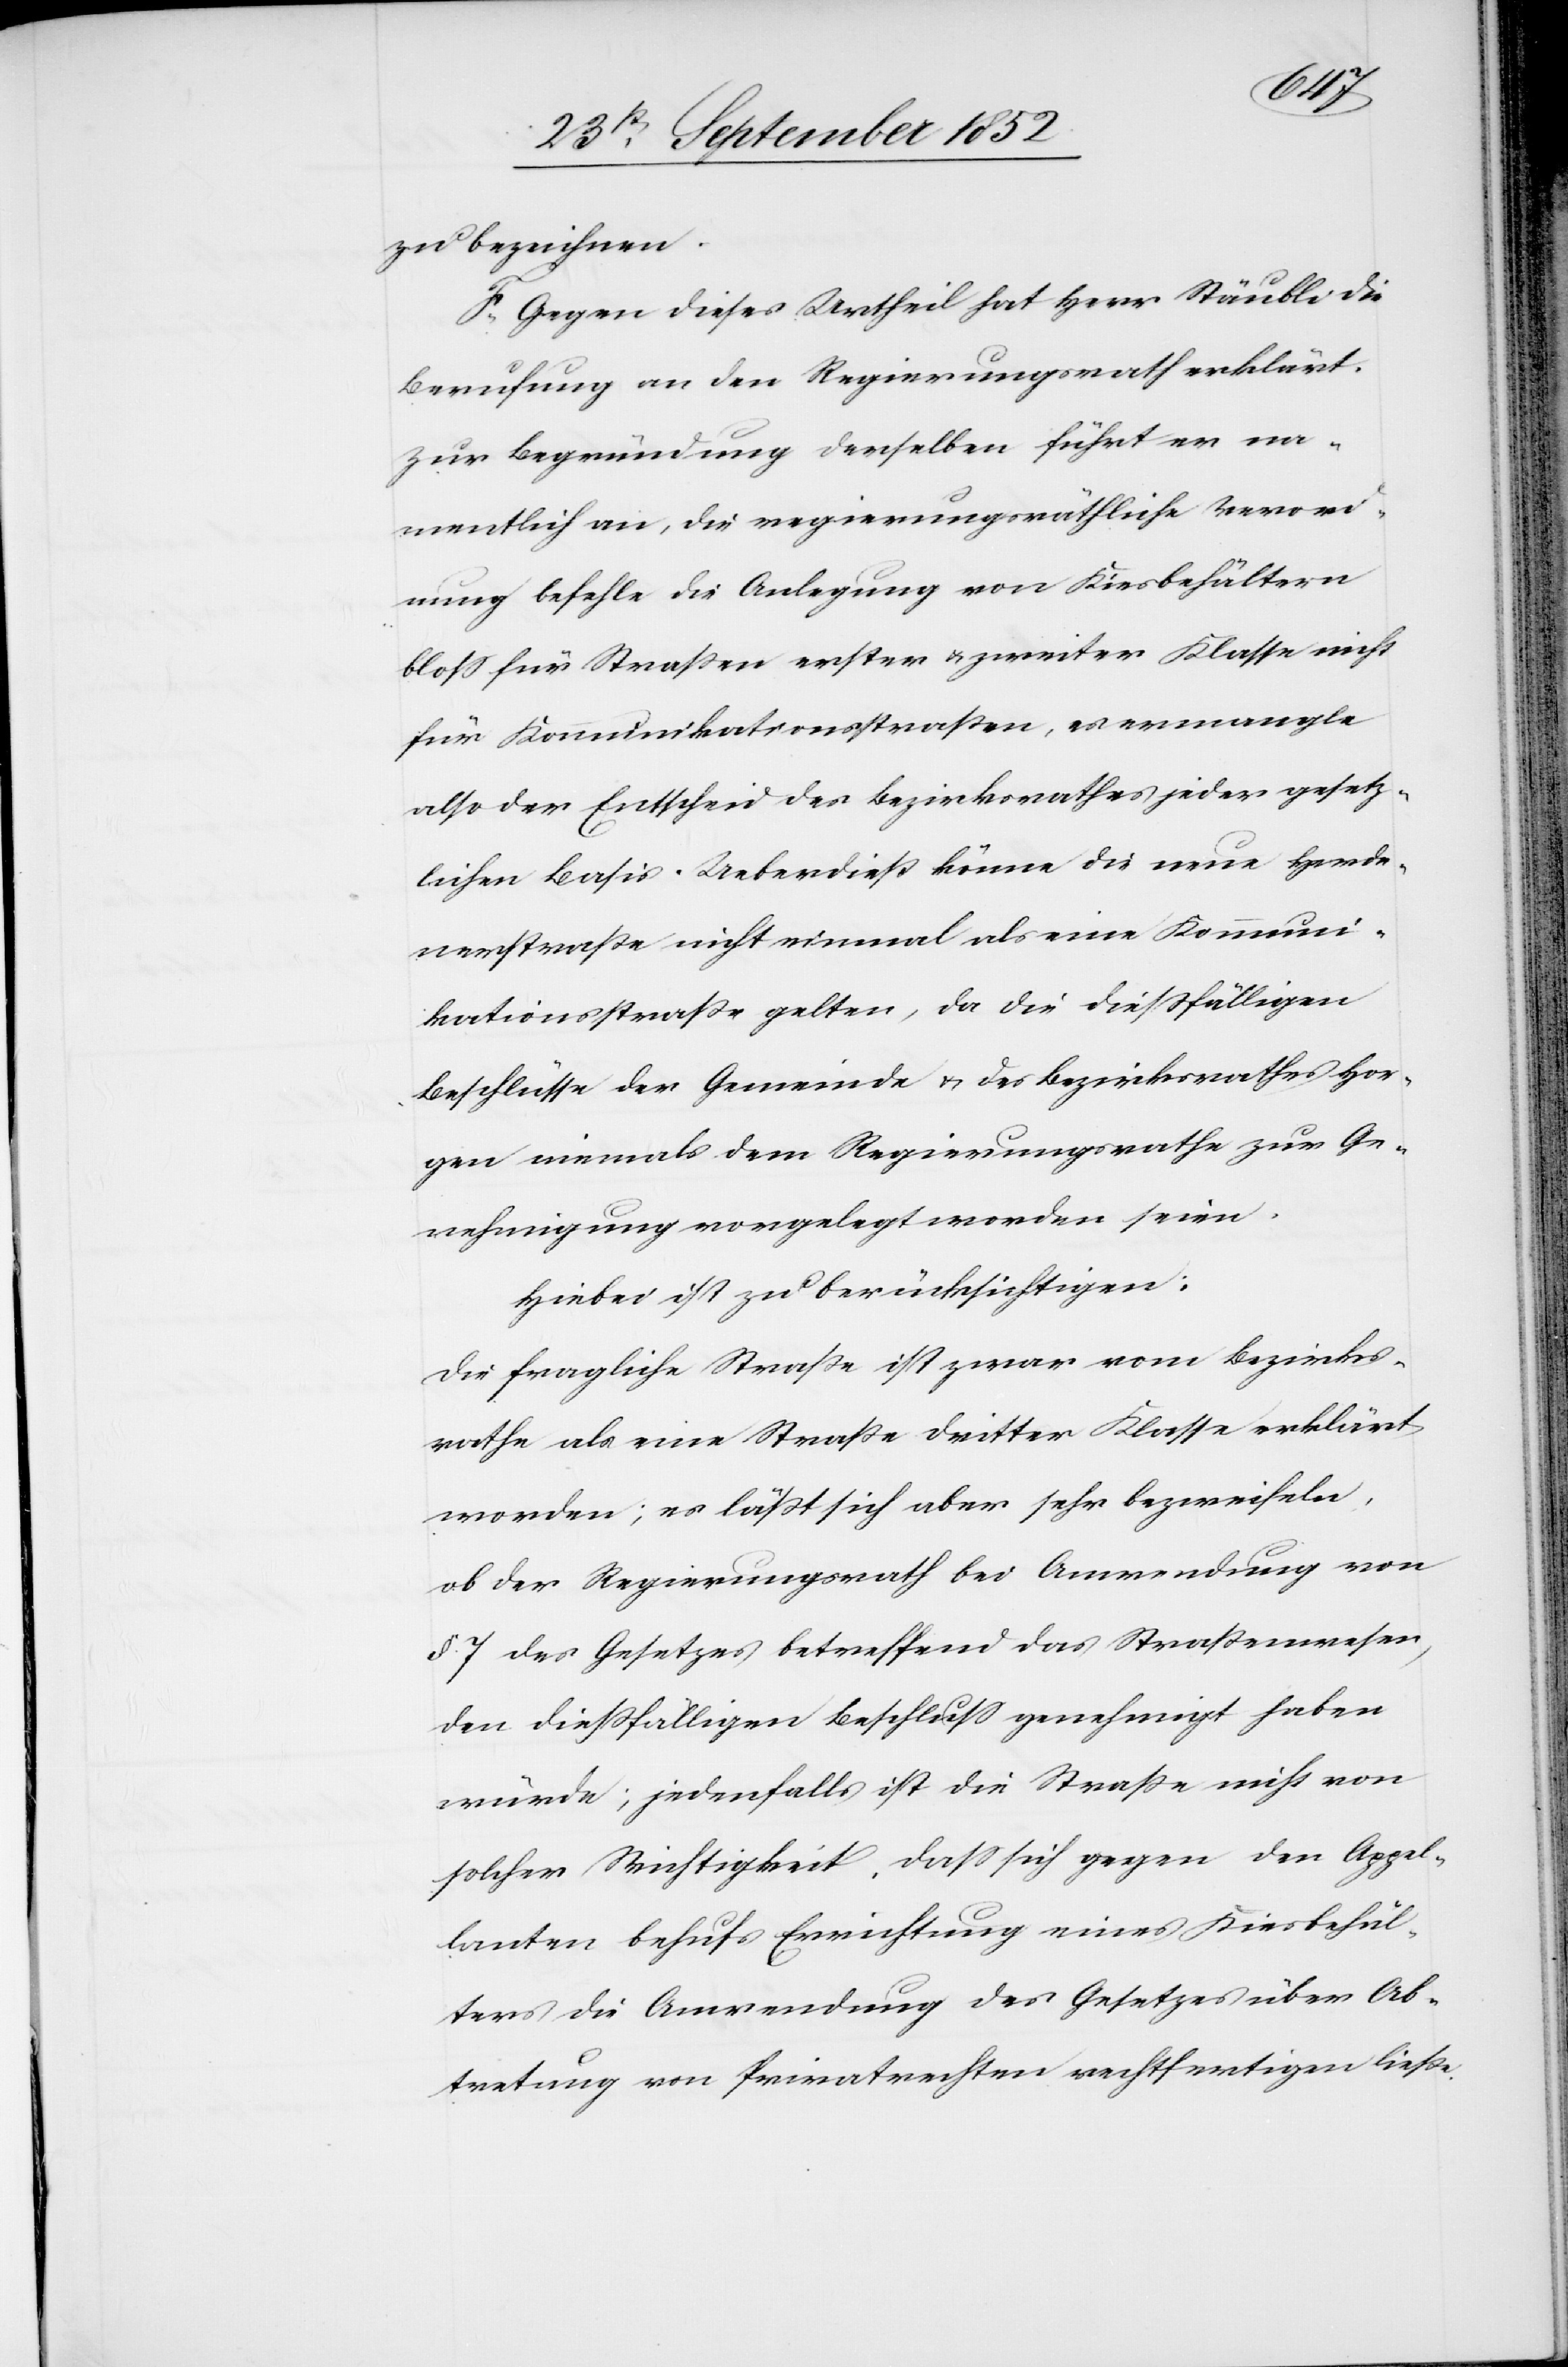
zu bezeichnen.
F, Gegen dieses Urtheil hat Herr Stäubli die
Berufung an den Regierungsrath erklärt.
Zur Begründung derselben führt er na¬
mentlich an, die regierungsräthliche Verord¬
nung befehle die Anlegung von Kiesbehältern
bloss für Straßen erster & zweiter Klasse nicht
für Kommunikationsstraßen, es ermangle
also der Entscheid des Bezirksrathes jeder gesetz¬
lichen Basis. Ueberdieß könne die neue Herde¬
nerstraße nicht einmal als eine Kommuni¬
kationsstraße gelten, da die diessfälligen
Beschlüsse der Gemeinde & des Bezirksrathes Hor¬
gen niemals dem Regierungsrathe zur Ge¬
nehmigung vorgelegt worden seien.
Hiebei ist zu berücksichtigen:
Die fragliche Straße ist zwar vom Bezirks¬
rathe als eine Straße dritter Klasse erklärt
worden; es läßt sich aber sehr bezweifeln,
ob der Regierungsrath bei Anwendung von
§. 7 des Gesetzes betreffend das Straßenwesen,
den dießfälligen Beschluss genehmigt haben
würde; jedenfalls ist die Straße nicht von
solcher Wichtigkeit, dass sich gegen den Appel¬
lanten behufs Errichtung eines Kiesbehäl¬
ters die Anwendung des Gesetzes über Ab¬
tretung von Privatrechten rechtfertigen ließe.